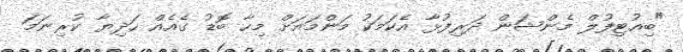
"ބިއުޓިފުލް މެންޝަން ދަރިފުޅާ އެކަމަކު މަންމައަށް މިހާ ބޮޑު ގެއެއް ހަދިޔާ ކުރިނަމަ